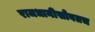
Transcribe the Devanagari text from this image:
राजधानीसोबतच